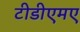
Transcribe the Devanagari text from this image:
टीडीएमए